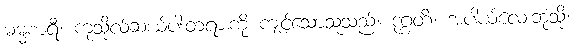
ဓမ္မစာရီ၊ ကုသိုလ်ဆယ်ပါးတရားကို ကျင့်သောသူသည်။ ဒုဂ္ဂတိံ၊ အပါယ်လေးဘုံသို့။